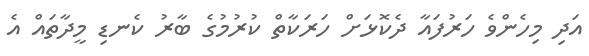
އަދި މިހެންވެ ހަރުފައާ ދެކޮޅަށް ހަރަކާތް ކުރުމުގެ ބާރު ކެނޑި މީދާތައް އެ